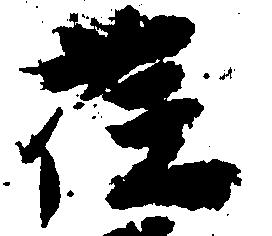
荏